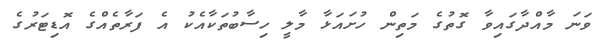
ވަނަ މާއްދާގައިވާ ގޮތުގެ މަތިން ހުށައަޅާ މާލީ ހިސާބުތަކާއެކު އެ ފަރާތެއްގެ އޮޑިޓަރުގެ